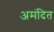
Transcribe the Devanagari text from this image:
अमंदित